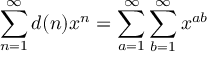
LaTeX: \mathbf { q } = - k { \nabla } T